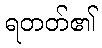
ရတတ်၏